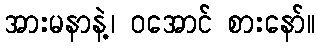
အားမနာနဲ့၊ ဝအောင် စားနော်။